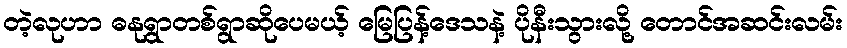
တဲ့လုဟာ ဓနုရွာတစ်ရွာဆိုပေမယ့် မြေပြန့်ဒေသနဲ့ ပိုနီးသွားလို့ တောင်အဆင်းလမ်း